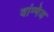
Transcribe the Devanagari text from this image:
वांग्मेय